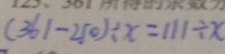
( 3 6 1 - 2 5 0 ) \div x = 1 1 1 \div x